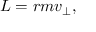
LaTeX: L = r m v _ { \perp } ,